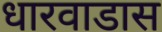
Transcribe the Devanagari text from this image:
धारवाडास